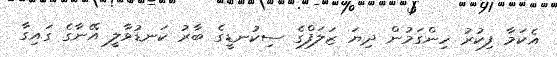
އެކަމާ ފިކުރު ހިންގަމުން ދިޔަ ޒަލަފްގެ ސިކުނޑީގެ ބާރު ކަނޑުވާލީ އޭނާގެ ގައިގާ